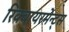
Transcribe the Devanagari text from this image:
रिक्वायरमेन्ट्स